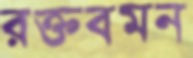
রক্তবমন